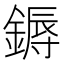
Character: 鎒